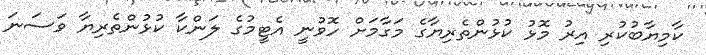
ކާމިޔާބުކުރި އިރު މޮޅު ކުޅުންތެރިޔާގެ މަގާމަށް ހޮވުނީ އެޓީމުގެ ލަންކާ ކުޅުންތެރިޔާ ވަސަނަ